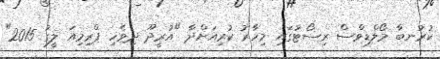
ކުރުނބާ މޯލްޑިވްސް ރިސޯޓުގައި މިހާރު ކުރިއަށްދާ "އުރީދޫ ދިވެހި ޕްރިމިއަ ލީގު 2015"